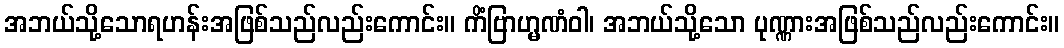
အဘယ်သို့သောရဟန်းအဖြစ်သည်လည်းကောင်း။ ကိံဗြာဟ္မဏံဝါ၊ အဘယ်သို့သော ပုဏ္ဏားအဖြစ်သည်လည်းကောင်း။